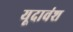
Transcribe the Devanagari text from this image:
यूदावंश